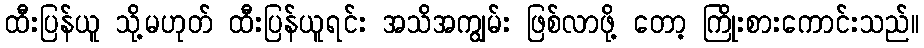
ထီးပြန်ယူ သို့မဟုတ် ထီးပြန်ယူရင်း အသိအကျွမ်း ဖြစ်လာဖို့ တော့ ကြိုးစားကောင်းသည်။